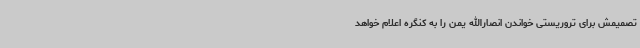
تصمیمش برای تروریستی خواندن انصارالله یمن را به کنگره اعلام خواهد